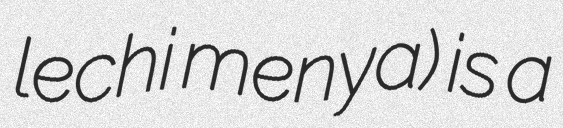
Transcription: lechi menya) is a